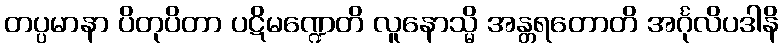
တပ္ပမာနာ ပိတုပိတာ ပဋိမဏ္ဍေတိ လူနောသ္မိ အန္တရတောတိ အင်္ဂုလိပဒါနိ